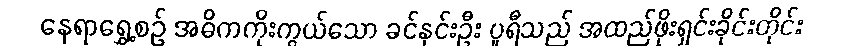
နေရာရွှေ့စဉ် အဓိကကိုးကွယ်သော ခင်နှင်းဦး ပူရီသည် အထည်ဖိုးရှင်းခိုင်းတိုင်း